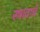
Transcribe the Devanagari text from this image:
स्त्रावाचे